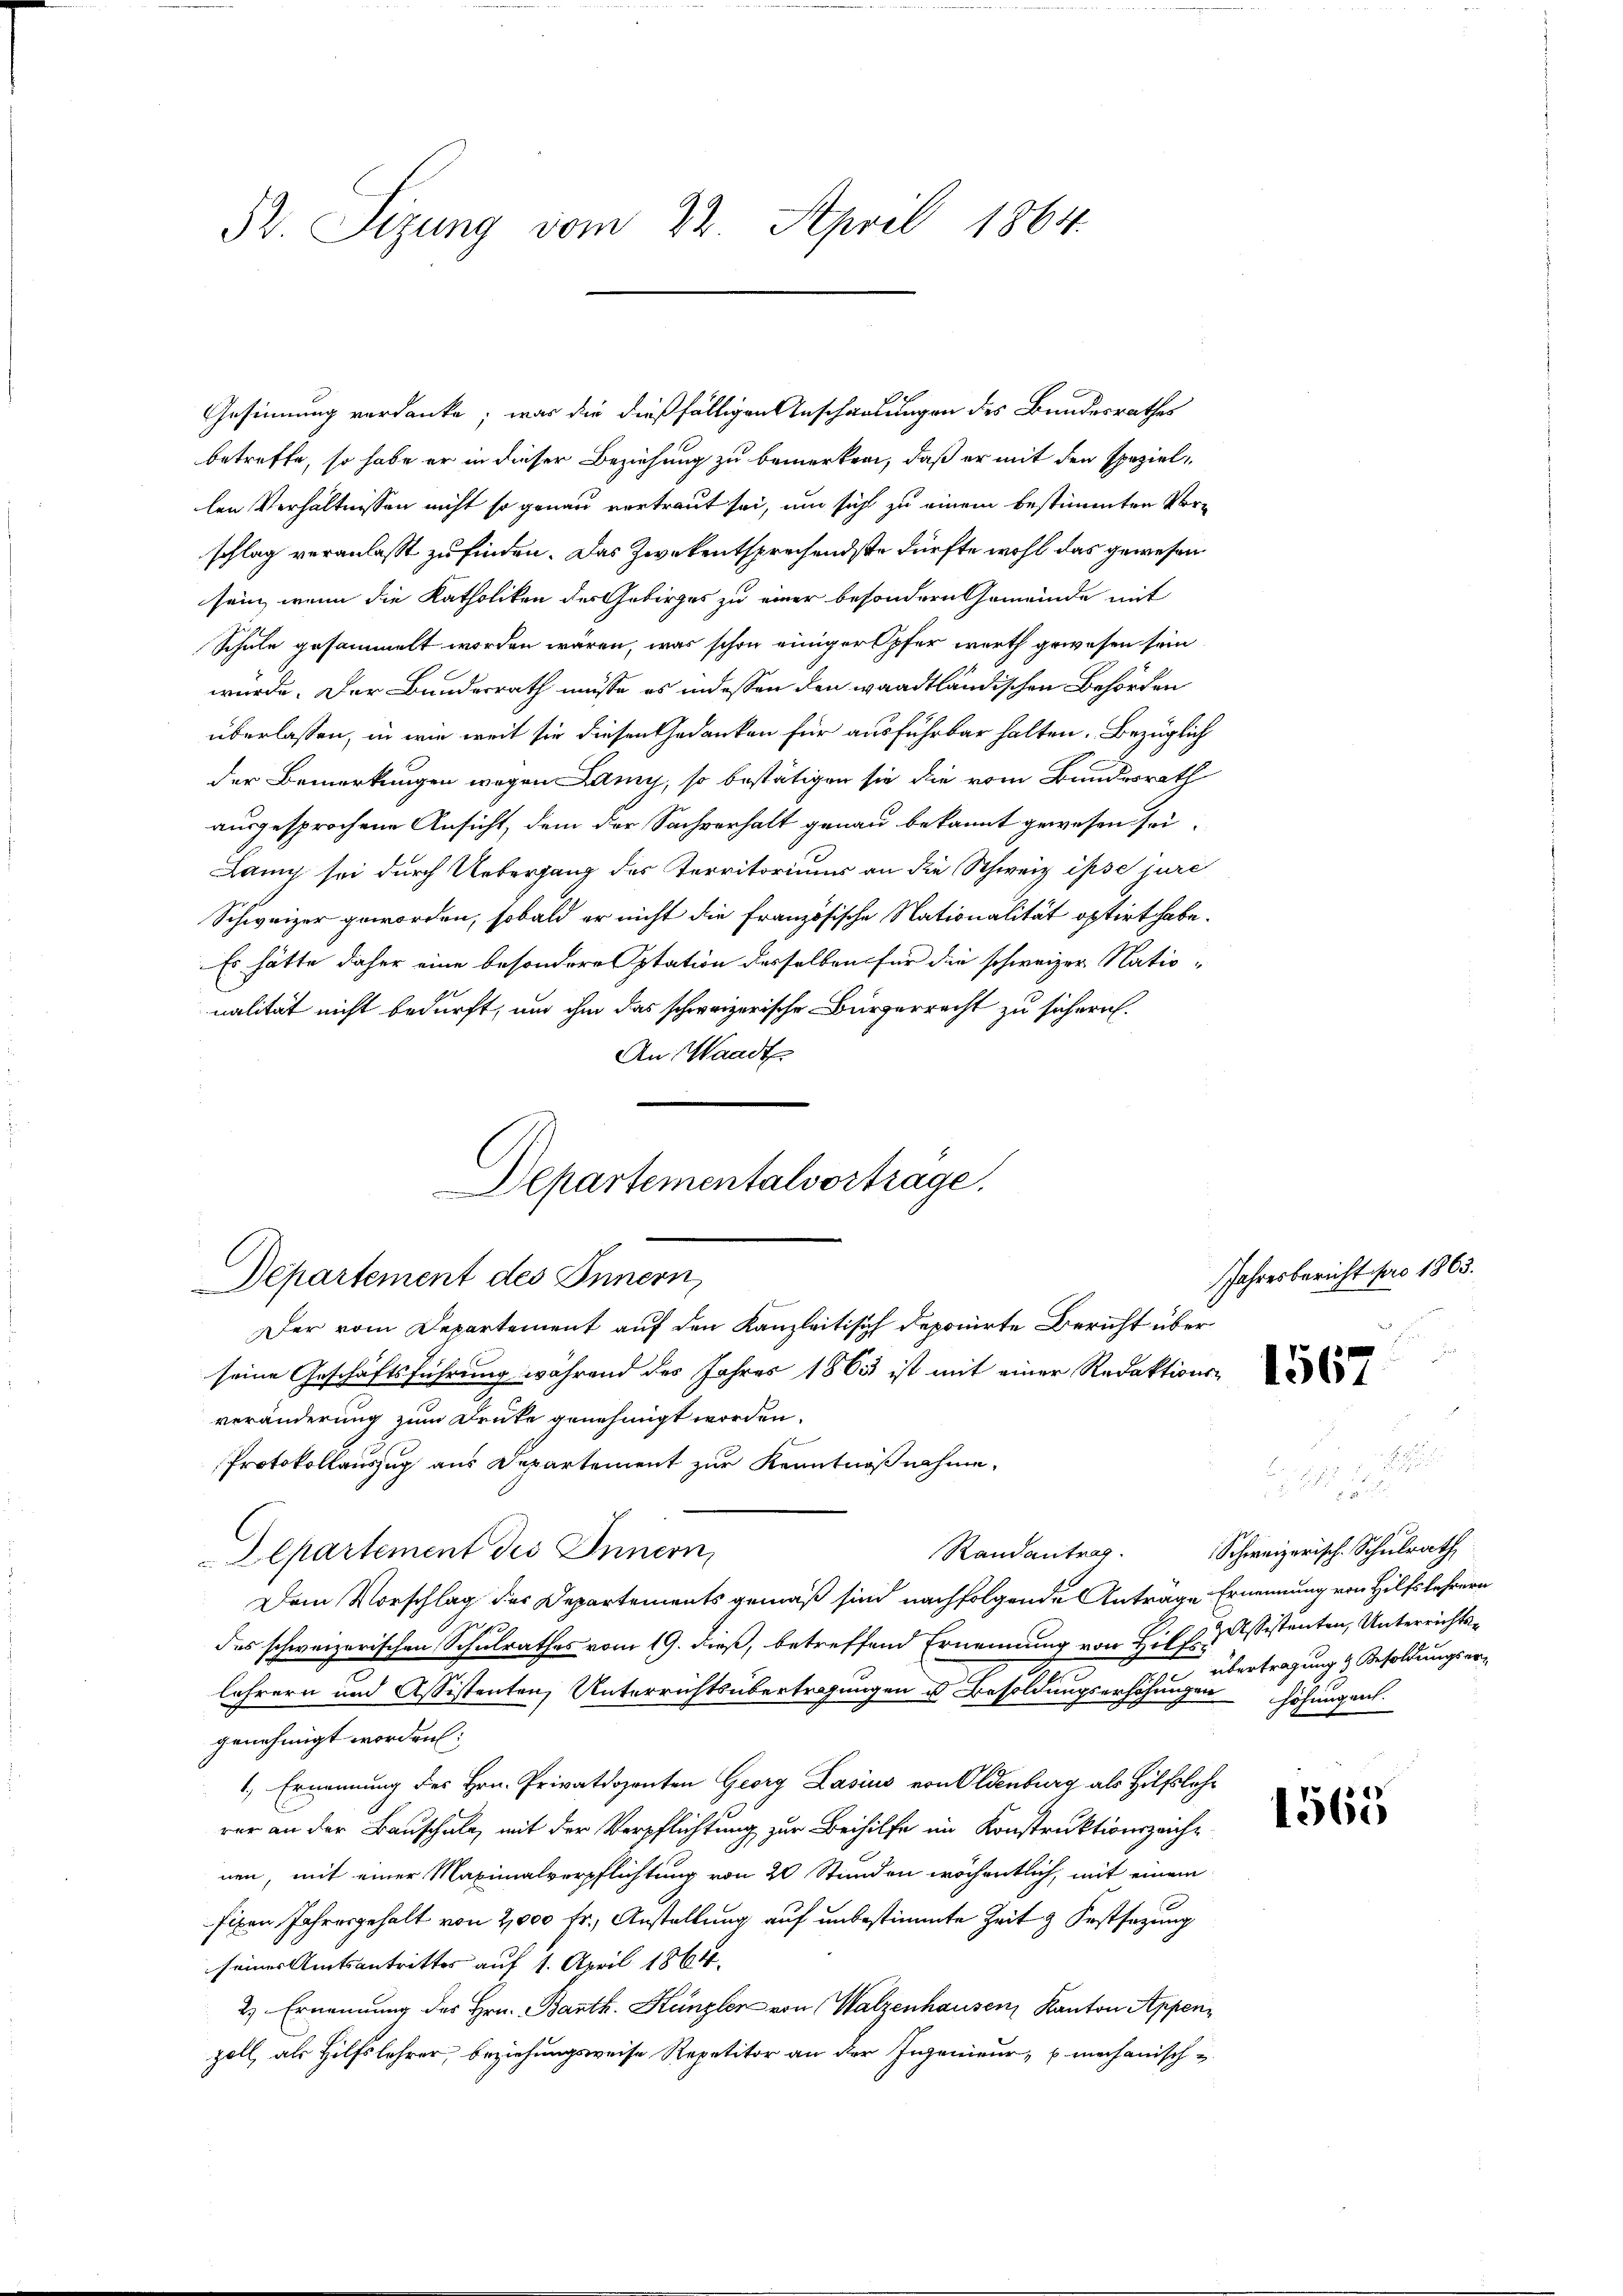
Pr. Sizung vom 22. April 1864.

Gesinnung verdanke, was die dießfälligen Anschauungen des Bundesrathes
betreffe, so habe er in dieser Beziehung zu bemerken, daß er mit den speziellen Verhältnissen nicht so genau vertraut sei, um sich zu einem bestimmten Vorschlag veranlasst zu finden. Das Zweckentsprechendste dürfte wohl das gewesen
sein, wenn die Katholiken der Gebirges zu einer besondern Gemeinde mit
Schule gesammelt worden wären, was schon einiger Opfer werth gewesen sein
würde. Der Bundesrath müsse es indessen den waadtländischen Behörden
überlassen, in wie weit sie diesen Gedanken für ausführbar halten. Bezüglich
der Bemerkungen wegen Lany, so bestätigen sie die vom Bundesrath
ausgesprochene Ansicht, dem der Sachverhalt genau bekannt gewesen sei.
Lany sei durch Uebergang des Territorium an die Schweiz ipse jure
Schweizer geworden, sobald er nicht die Französische Nationalität optirt habe.
Es hätte daher eine besondere Station desselben für die schweizer Natio-
nalität nicht bedurft, um ihm das schweizerische Bürgerrecht zu sichern.
An Waadt

Departementalvortrage.
Departement des Innern,
Der vom Departement auf den Kanzleitisich deponirte Bericht über

1

seine Geschäftsführung während des Jahres 1865 ist mit einer Redaktions-
veränderung zum Druke genehmigt worden.
Protokollauszug aus Departement zur Kenntnißnahme.
Departement des Innern,
Dem Vorschlag des Departements gemäß sind nachfolgende Antrage Ernennung von Hilfslehrern
des schweizerischen Schulrathes vom 19. dieß, betreffend Ernennung von Hilfssistenten, Unterrichtslehrern und Assistenten, Unterrichtsübertragungen u. Besoldungserhöhungen höhungen.
genehmigt worden:
1.) Ernennung des Hrn. Privatdozenten Georg Lasius von Oldenburg als Hilfslehr
rer an der Bauschule, mit der Verpflichtung zur Beihilfe im Konstruktionszeiche
nen, mit einer Maximalverpflichtung von 20 Stunden wöchentlich, mit einem
fixen Jahresgehalt von 2,000 Fr., Anstellung auf unbestimmte Zeit & Festsezung
seines Amtsantrittes auf 1. April 1864.
2.) Ernennung des Hrn. Barth. Kanzler von Walzenhausen Kanton Appenzoll, als Hilfslehrer, beziehungsweise Repetitor an der Ingenieur, mechanische

Randantrag.

Jahresbericht pro 1863.

1565

Schweizerische Schulrath
übertragung & Besoldungser¬